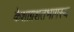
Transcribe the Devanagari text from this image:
केशाग्रशतभागस्य